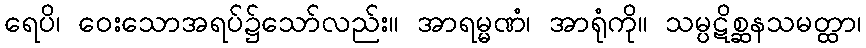
ရေပိ၊ ဝေးသောအရပ်၌သော်လည်း။ အာရမ္မဏံ၊ အာရုံကို။ သမ္ပဋိစ္ဆနသမတ္ထာ၊